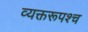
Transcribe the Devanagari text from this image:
व्यक्तरूपश्च